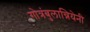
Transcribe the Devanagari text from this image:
गोत्रंबुलान्नियेनी